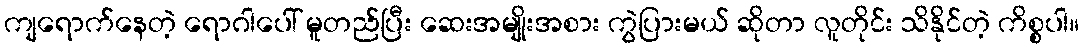
ကျရောက်နေတဲ့ ရောဂါပေါ် မူတည်ပြီး ဆေးအမျိုးအစား ကွဲပြားမယ် ဆိုတာ လူတိုင်း သိနိုင်တဲ့ ကိစ္စပါ။